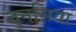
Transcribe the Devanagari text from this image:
जुनसिया